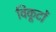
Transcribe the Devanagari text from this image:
विकूटों